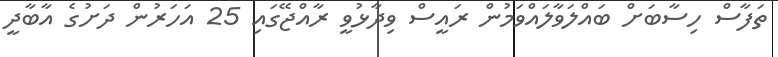
ތަފާސް ހިސާބަށް ބައްލަވާލައްވަމުން ރައީސް ވިދާޅުވީ ރާއްޖޭގައި 25 އަހަރުން ދަށުގެ އާބާދީ